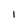
Character: 1